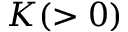
K ( > 0 )